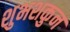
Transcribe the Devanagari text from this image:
शुभशकुन